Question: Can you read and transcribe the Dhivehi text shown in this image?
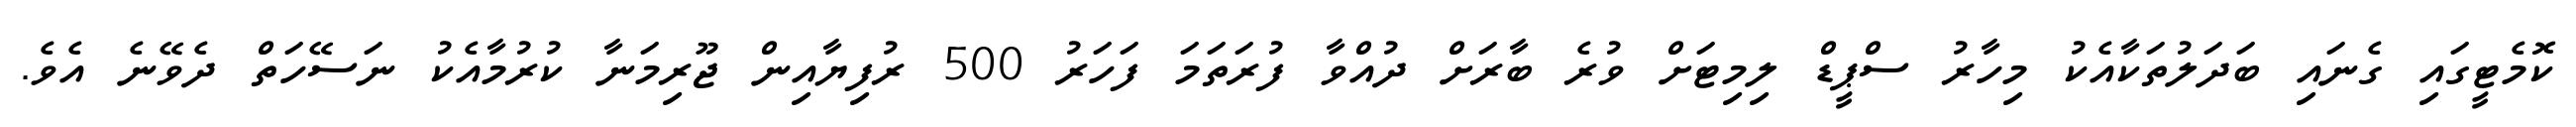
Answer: ކޮމެޓީގައި ގެނައި ބަދަލުތަކާއެކު މިހާރު ސްޕީޑް ލިމިޓަށް ވުރެ ބާރަށް ދުއްވާ ފުރަތަމަ ފަހަރު 500 ރުފިޔާއިން ޖޫރިމަނާ ކުރުމާއެކު ނަސޭހަތް ދެވޭނެ އެވެ.